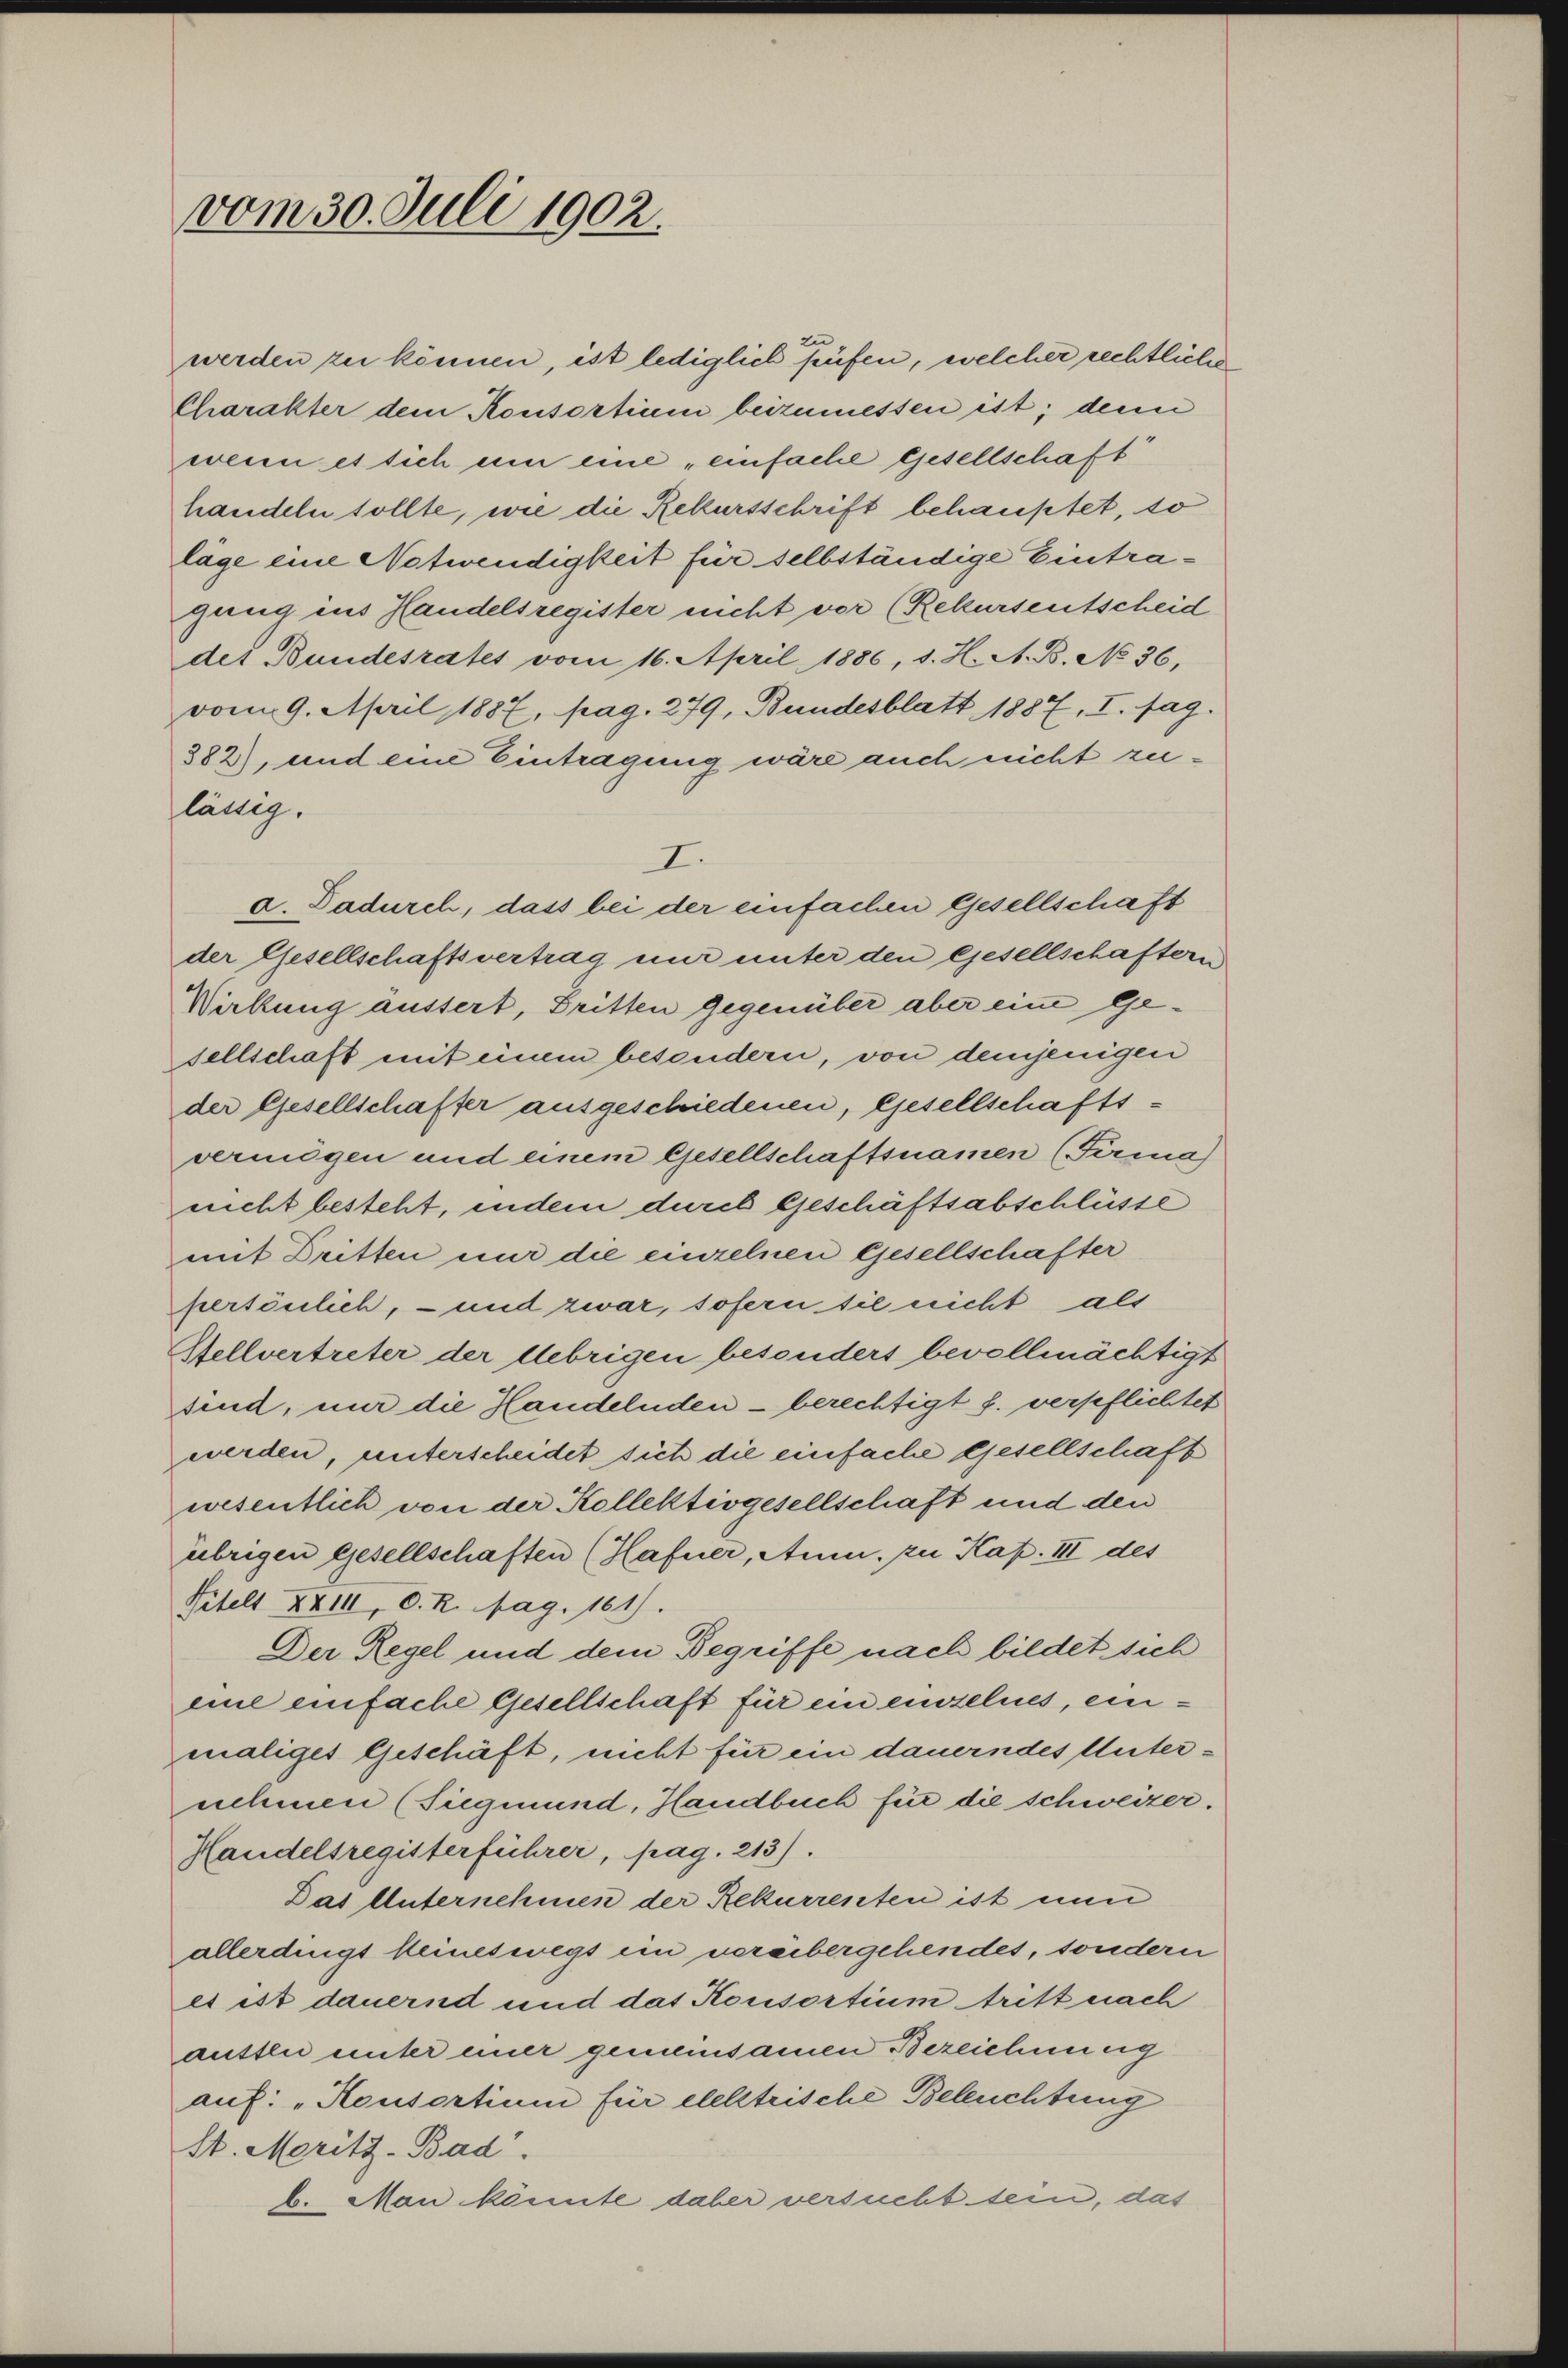
vom 30. Juli 1902.

werden zu können, ist lediglich prüfen, welcher rechtliche
Charakter dem Konsortium beizumessen ist; denn
wenn es sich um eine „einfache Gesellschaft
handeln sollte, wie die Rekursschrift behauptet, so
läge eine Notwendigkeit für selbständige Eintragung ins Handelsregister nicht vor (Rekursentscheid
des Bundesrates vom 16. April 1886, s. H. A. B. No 36,
vom 9. April 1887, pag. 279, Bundesblatt 1887, I. fag.
882), und eine Eintragung wäre auch nicht zulässig.
I.
a. Dadurch, dass bei der einfachen Gesellschaft
der Gesellschaftsvertrag nur unter den Gesellschaftern
Wirkung äussert, Dritten Gegenüber aber eine Gesellschaft mit einem besondern, von demjenigen
der Gesellschafter ausgeschiedenen, Gesellschaftsveringen und einem Gesellschaftsnamen (Firma)
nicht besteht, indem durch Geschäftsabschlüsse
mit Dritten nur die einzelnen Gesellschafter
persönlich, - und zwar, sofern sie nicht als
Stellvertreter der Uebrigen besonders bevollmächtigt
sind, nur die Handelnden - berechtigt s. verpflichtet
werden, unterscheidet sich die einfache Gesellschaft
wesentlich von der Kollektivgesellschaft und den
übrigen gesellschaften (Hafner, Anm. zu Kap. III des
Titelt XXIII, D. R. pag. 161).
Der Regel und dem Begriffe nach bildet sich
eine einfache Gesellschaft für ein einzelnes, einmaliges Geschäft, nicht für ein dauerndes Unternehmen (Siegmund, Handbuch für die schweizer.
Handelsregisterführer, pag. 213).
Das Unternehmen der Rekurrenten ist nun
allerdingt keineswegs ein vereibergehendes, sondern
es ist dauernd und das Konsortium tritt nach
auttli unter einer gemeinsamen Bezeichnung
auf: „Rousortium für elelstrische Beleuchtung
St. Meritz-Bad.
b. Man könnte dabei versucht sein, das